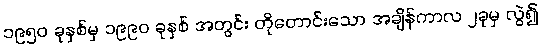
၁၉၅၀ ခုနှစ်မှ ၁၉၉၀ ခုနှစ် အတွင်း တိုတောင်းသော အချိန်ကာလ ၂ခုမှ လွဲ၍